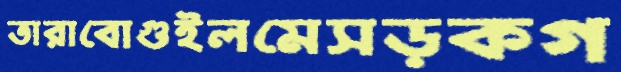
তারাবোগুইলমেসড়কগ